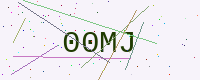
Text: 00MJ